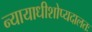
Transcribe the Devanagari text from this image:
न्यायाधीशोप्यदालतः